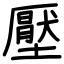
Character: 壓